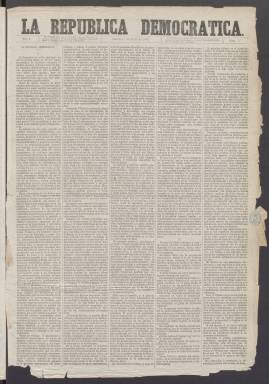
Título: La República democrática
Colección: Periódicos
Ámbito geográfico: Madrid
Lugar de publicación: Madrid
Fechas: 01/04/1873-22/07/1873